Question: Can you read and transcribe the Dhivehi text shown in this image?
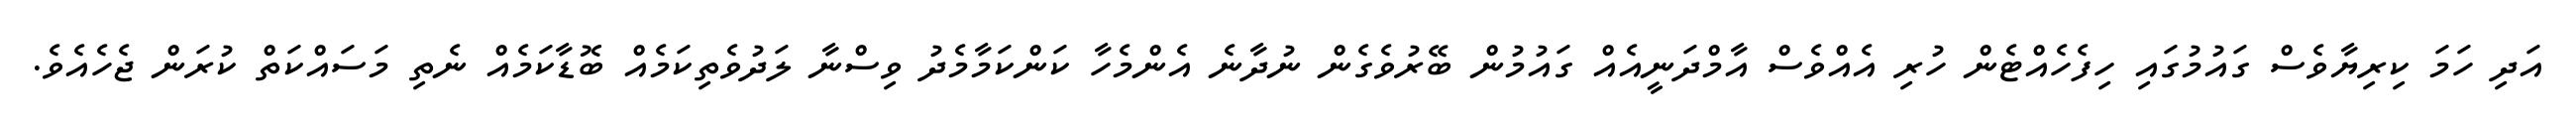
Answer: އަދި ހަމަ ކިރިޔާވެސް ގައުމުގައި ހިފެހެއްޓެން ހުރި އެއްވެސް އާމްދަނީއެއް ގައުމުން ބޭރުވެގެން ނުދާނެ އެންމެހާ ކަންކަމާމެދު ވިސްނާ ލަދުވެތިކަމެއް ބޮޑާކަމެއް ނެތި މަސައްކަތް ކުރަން ޖެހެއެވެ.